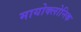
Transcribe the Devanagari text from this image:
मायोक्लोनिक